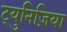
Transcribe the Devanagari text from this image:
ट्युनिज़िया